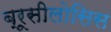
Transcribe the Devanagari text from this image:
ब्रूसीलोसिस